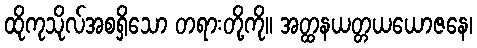
ထိုကုသိုလ်အစရှိသော တရားတို့ကို။ အတ္ထနယတ္တယယောဇနေ၊